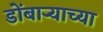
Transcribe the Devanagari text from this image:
डोंबार्‍याच्या